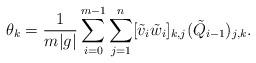
LaTeX: \begin{align*}\theta_k=\frac{1}{m|g|}\sum_{i=0}^{m-1}\sum_{j=1}^n[\tilde{v}_i\tilde{w}_i]_{k,j}(\tilde{Q}_{i-1})_{j,k}.\end{align*}